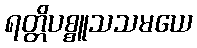
ရတ္တိပစ္စူသသမယေ